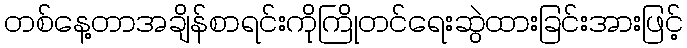
တစ်နေ့တာအချိန်စာရင်းကိုကြိုတင်ရေးဆွဲထားခြင်းအားဖြင့်